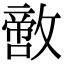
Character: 𪯙